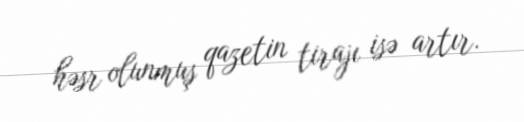
həsr olunmuş qazetin tirajı isə artır.